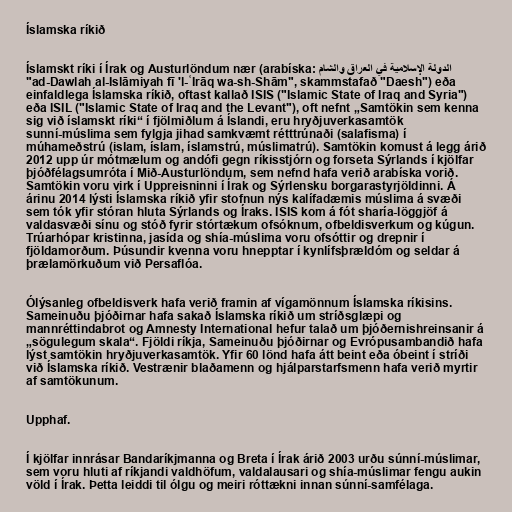
Íslamska ríkið

Íslamskt ríki í Írak og Austurlöndum nær (arabíska: الدولة الإسلامية في العراق والشام‎
"ad-Dawlah al-Islāmiyah fī 'l-ʿIrāq wa-sh-Shām", skammstafað "Daesh") eða
einfaldlega Íslamska ríkið, oftast kallað ISIS ("Islamic State of Iraq and Syria")
eða ISIL ("Islamic State of Iraq and the Levant"), oft nefnt „Samtökin sem kenna
sig við íslamskt ríki“ í fjölmiðlum á Íslandi, eru hryðjuverkasamtök
sunní-múslima sem fylgja jihad samkvæmt rétttrúnaði (salafisma) í
múhameðstrú (islam, íslam, íslamstrú, múslimatrú). Samtökin komust á legg árið
2012 upp úr mótmælum og andófi gegn ríkisstjórn og forseta Sýrlands í kjölfar
þjóðfélagsumróta í Mið-Austurlöndum, sem nefnd hafa verið arabíska vorið.
Samtökin voru virk í Uppreisninni í Írak og Sýrlensku borgarastyrjöldinni. Á
árinu 2014 lýsti Íslamska ríkið yfir stofnun nýs kalífadæmis múslima á svæði
sem tók yfir stóran hluta Sýrlands og Íraks. ISIS kom á fót sharía-löggjöf á
valdasvæði sínu og stóð fyrir stórtækum ofsóknum, ofbeldisverkum og kúgun.
Trúarhópar kristinna, jasída og shía-múslima voru ofsóttir og drepnir í
fjöldamorðum. Þúsundir kvenna voru hnepptar í kynlífsþrældóm og seldar á
þrælamörkuðum við Persaflóa.

Ólýsanleg ofbeldisverk hafa verið framin af vígamönnum Íslamska ríkisins.
Sameinuðu þjóðirnar hafa sakað Íslamska ríkið um stríðsglæpi og
mannréttindabrot og Amnesty International hefur talað um þjóðernishreinsanir á
„sögulegum skala“. Fjöldi ríkja, Sameinuðu þjóðirnar og Evrópusambandið hafa
lýst samtökin hryðjuverkasamtök. Yfir 60 lönd hafa átt beint eða óbeint í stríði
við Íslamska ríkið. Vestrænir blaðamenn og hjálparstarfsmenn hafa verið myrtir
af samtökunum.

Upphaf.

Í kjölfar innrásar Bandaríkjmanna og Breta í Írak árið 2003 urðu súnní-múslimar,
sem voru hluti af ríkjandi valdhöfum, valdalausari og shía-múslimar fengu aukin
völd í Írak. Þetta leiddi til ólgu og meiri róttækni innan súnní-samfélaga.